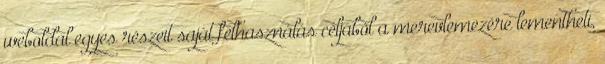
weboldal egyes részeit saját felhasználás céljából a merevlemezére lementheti,